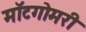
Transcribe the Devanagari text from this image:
मॉटगोमरी